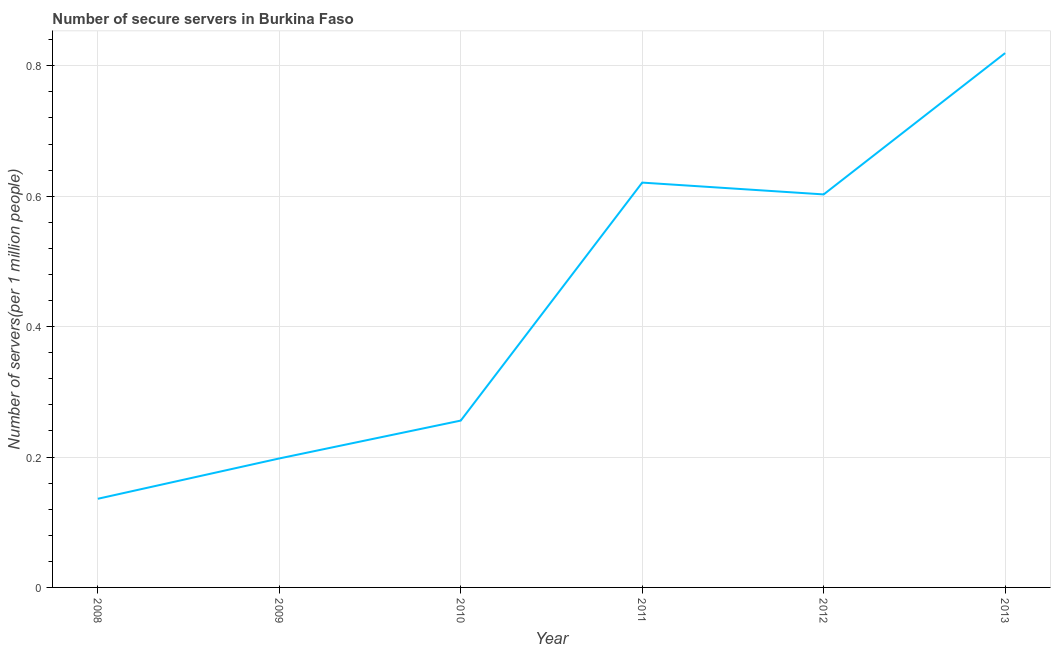
| Year | Secure Internet servers |
 | --- | --- |
 | 2008 | 0.136 |
 | 2009 | 0.198 |
 | 2010 | 0.256 |
 | 2011 | 0.621 |
 | 2012 | 0.603 |
 | 2013 | 0.819 |